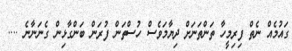
ގައުމެއް ނެތް ފިރިމީހާ ތަންތަނަށް ދިޔާމަވެސް ހުސްތަން ފުރަން ބަންގާޅިން ގެނަނާނެ ....